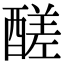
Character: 醝